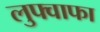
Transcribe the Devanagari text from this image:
लुफ्वाफा